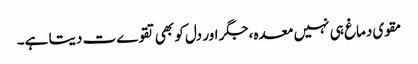
مقوی دماغ ہی نہیں معدہ ،جگر اور دل کو بھی تقوےت دیتا ہے۔